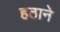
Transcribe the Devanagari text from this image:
हठाने